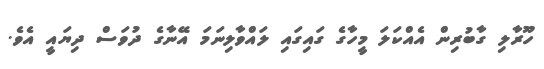
ހޫރާލި ގާބުރިން އެއްކަލަ މީހާގެ ގައިގައި ލައްވާލިނަމަ އޭނާގެ ދުވަސް ދިޔައީ އެވެ.